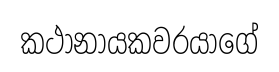
කථානායකවරයාගේ